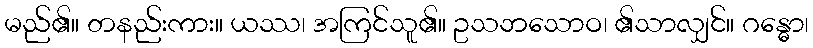
မည်၏။ တနည်းကား။ ယဿ၊ အကြင်သူ၏။ ဥသဘသောဝ၊ ၏သာလျှင်။ ဂန္ဓော၊